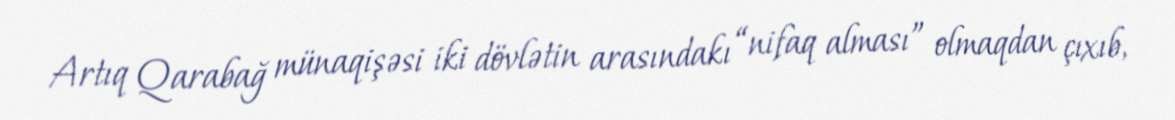
Artıq Qarabağ münaqişəsi iki dövlətin arasındakı “nifaq alması” olmaqdan çıxıb,